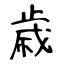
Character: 歳